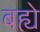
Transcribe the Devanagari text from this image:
बह्ये